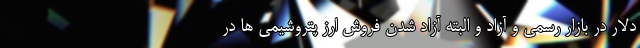
دلار در بازار رسمی و آزاد و البته آزاد شدن فروش ارز پتروشیمی ها در